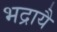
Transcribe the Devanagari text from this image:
भद्रायै